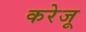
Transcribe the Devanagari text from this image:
करेजू